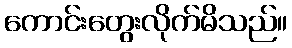
ကောင်းတွေးလိုက်မိသည်။